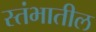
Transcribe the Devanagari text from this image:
स्तंभातील